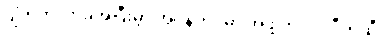
ပျံတက်လာခဲ့အပြီးမှာ အိုပဲန်ဟိုင်မာ အဖို့ ဘဂဝါ ဂီတဆီ